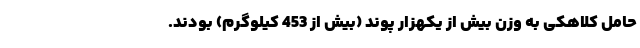
حامل کلاهکی به وزن بیش از یکهزار پوند (بیش از 453 کیلوگرم) بودند.